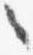
々